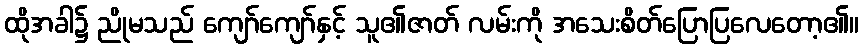
ထိုအခါ၌ ညိုမသည် ကျော်ကျော်နှင့် သူ၏ဇာတ် လမ်းကို အသေးစိတ်ပြောပြလေတော့၏။